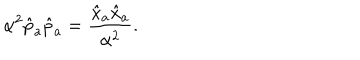
LaTeX: \alpha ^ { 2 } \hat { p } _ { a } \hat { p } _ { a } = \frac { \hat { x } _ { a } \hat { x } _ { a } } { \alpha ^ { 2 } } .